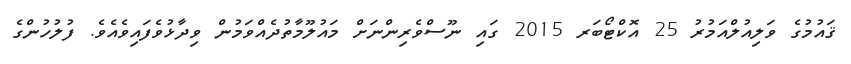
ޤައުމުގެ ވަލިއުލްއަމުރު 25 އޮކްޓޯބަރ 2015 ގައި ނޫސްވެރިންނަށް މައުލޫމާތުދެއްވަމުން ވިދާޅުވެފައިވެއެވެ. ފުލުހުންގެ